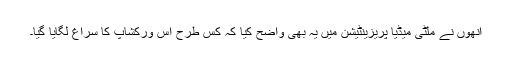
انھوں نے ملٹی میڈیا پریزینٹیشن میں یہ بھی واضح کیا کہ کس طرح اس ورکشاپ کا سراغ لگایا گیا۔